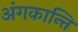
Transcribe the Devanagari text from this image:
अंगकान्ति